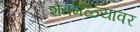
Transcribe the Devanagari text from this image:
शेतमळ्यावर